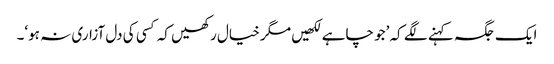
ایک جگہ کہنے لگے کہ ’جو چاہے لکھیں مگر خیال رکھیں کہ کسی کی دل آزاری نہ ہو‘۔